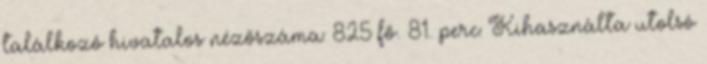
találkozó hivatalos nézőszáma: 825 fő. 81. perc: Kihasználta utolsó